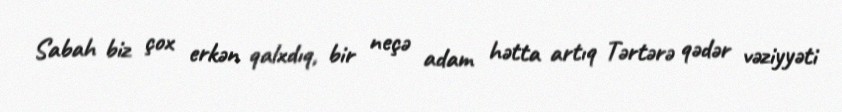
Sabah biz çox erkən qalxdıq, bir neçə adam hətta artıq Tərtərə qədər vəziyyəti